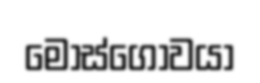
මොස්ගොවයා